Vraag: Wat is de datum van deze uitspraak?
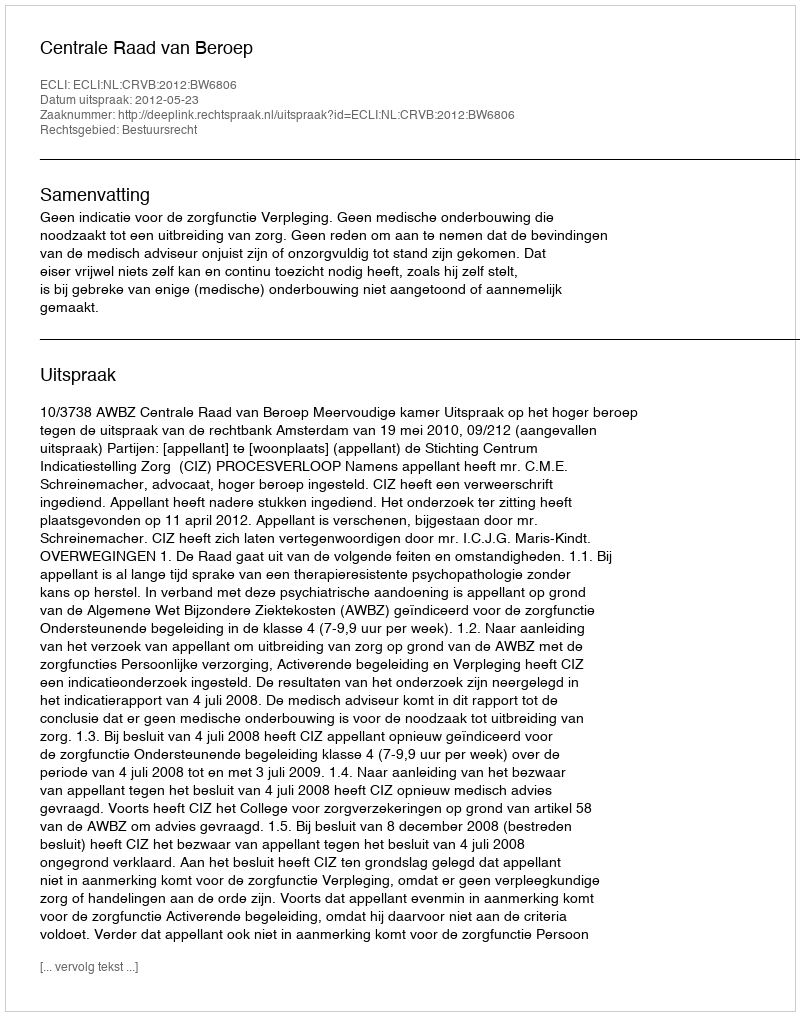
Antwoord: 2012-05-23